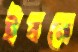
ইবনে